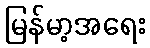
မြန်မာ့အရေး